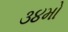
૩૪મો